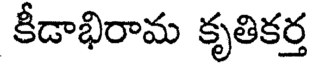
కీడాభిరామ కృతికర్త